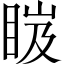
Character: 𥆹